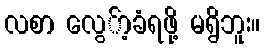
လစာ လွေ်ာ့ခံရဖို့ မရွိဘူး။